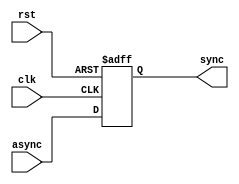
`timescale 1ns / 1ps

module register #(parameter BUS_WIDTH = 1) (
input [BUS_WIDTH - 1 : 0] async ,
input clk , rst ,
output reg [BUS_WIDTH - 1 : 0] sync 
);

always@(posedge clk or negedge rst) begin
	if(!rst) begin
		sync <= 0; 
	end
	else begin
		sync <= async ;
	end
end

endmodule